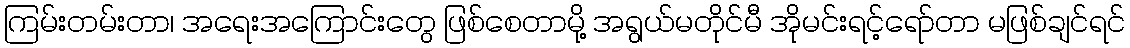
ကြမ်းတမ်းတာ၊ အရေးအကြောင်းတွေ ဖြစ်စေတာမို့ အရွယ်မတိုင်မီ အိုမင်းရင့်ရော်တာ မဖြစ်ချင်ရင်